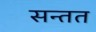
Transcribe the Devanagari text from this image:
सन्तत